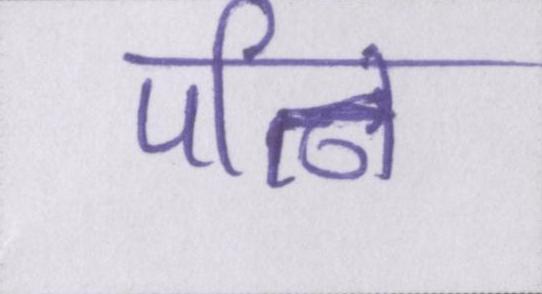
पत्नि